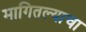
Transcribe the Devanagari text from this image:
मागितल्याचा